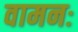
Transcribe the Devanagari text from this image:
वामनः